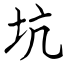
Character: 坑